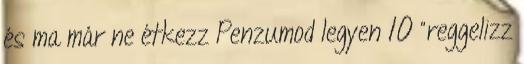
és ma már ne étkezz Penzumod legyen 10 "reggelizz